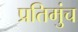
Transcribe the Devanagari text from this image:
प्रतिमुंच